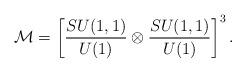
LaTeX: \begin{align*}{\cal M}=\left[{SU(1,1)\over U(1)}\otimes {SU(1,1)\over U(1)}\right]^3.\end{align*}